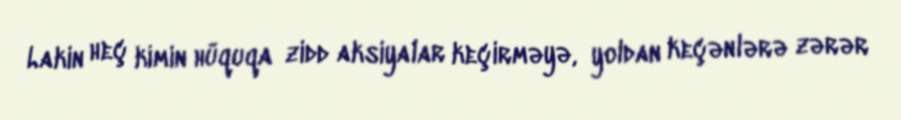
Lakin heç kimin hüquqa zidd aksiyalar keçirməyə, yoldan keçənlərə zərər